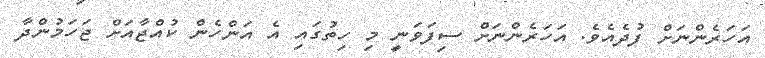
އަހަރެންނަށް ފުދެއެވެ. އަހަރެންނަށް ސިފަވަނީ މި ހިތުގައި އެ އަންހެން ކުއްޖާއަށް ޖަހަމުންދާ